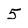
Character: 5